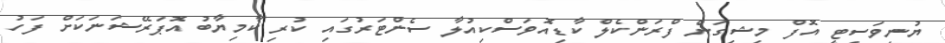
ޔުނިވަސިޓީ އޮފް މިޝިގަން ފްރަންކެލް ކާޑިއޮވަސްކިއުލާ ސެންޓަރުގައި ކުރި ކާމިޔާބު އޮޕަރޭޝަނަކަށް ފަހު